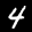
Label: 4